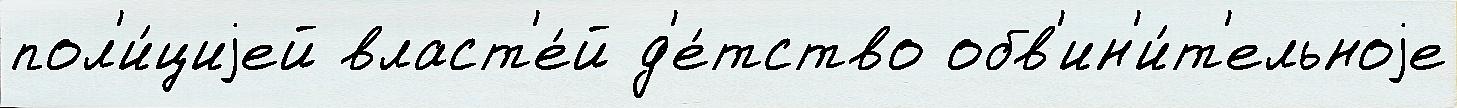
пол'и́циjей власт'е́й д'е́тство обв'ин'и́т'ельноjе